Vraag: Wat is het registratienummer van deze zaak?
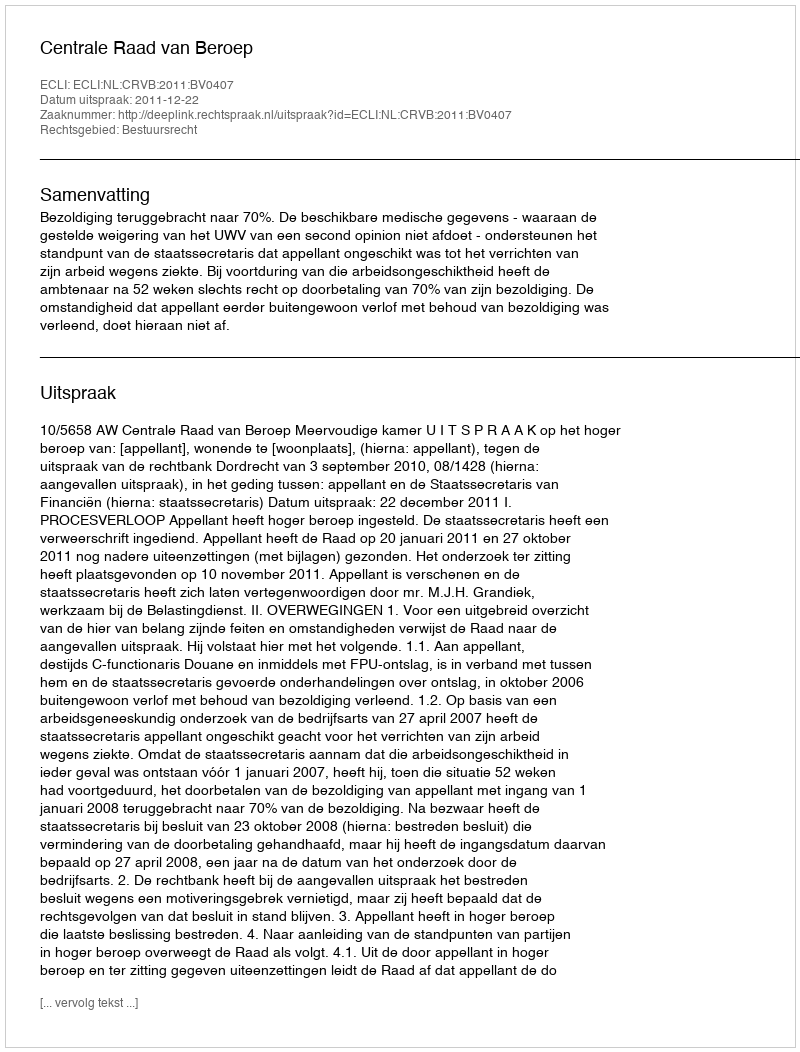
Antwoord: http://deeplink.rechtspraak.nl/uitspraak?id=ECLI:NL:CRVB:2011:BV0407